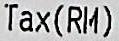
TAX(RM)